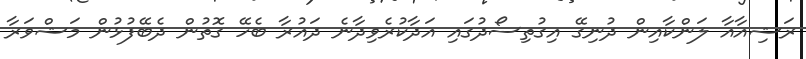
ރަޝިއާއާ ލަންކާއިން ދުނިގޭ އިގުތިސޯދުގައި އަދާކުރެވިދާނެ ދައުރާ ބެހޭ ގޮތުން ދެބޭފުޅުން މަޝްވަރާ